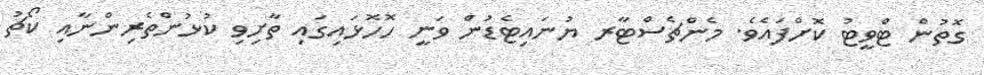
ގޮތުން ޓްވީޓު ކޮށްފައެވެ. މެންޗެސްޓާރ ޔުނައިޓެޑުން ވަނީ ހޮހޮޅައިގައި ތާށިވި ކުޅުންތެރިންނާއި ކޯޗު